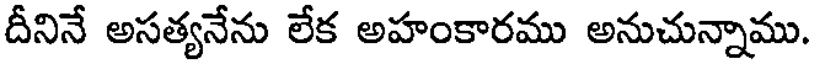
దీనినే అసత్యనేను లేక అహంకారము అనుచున్నాము.